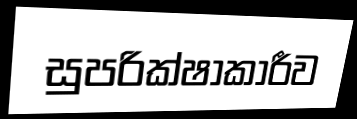
සුපරික්ෂාකාරීව